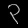
Digit: ၃